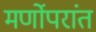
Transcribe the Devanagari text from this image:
मर्णोपरांत